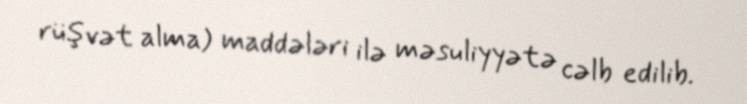
rüşvət alma) maddələri ilə məsuliyyətə cəlb edilib.